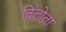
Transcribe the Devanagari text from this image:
बिलोता